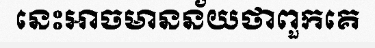
នេះអាចមានន័យថាពួកគេ